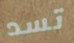
تسد